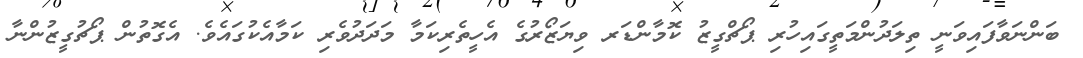
ބަންނަވާފައިވަނީ ތިލަދުންމަތީގައިހުރި ޕޯޗްގީޒު ކޮމާންޑަރ ވިޔަޒޯރުގެ އެހީތެރިކަމާ މަދަދުވެރި ކަމާއެކުގައެވެ. އެގޮތުން ޕޯޗުގީޒުންނާ